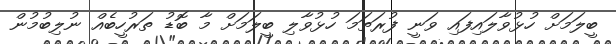
ބީލަމަށް ހުޅުވާލައިފައި ވަނީ ފުރަތަމަ ހުޅުވާލި ބީލަމަށް މާ ބޮޑު ތަރުހީބެއް ނުލިބުމުން